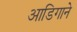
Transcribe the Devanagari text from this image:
आडिगाने